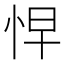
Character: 𭜬